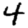
Digit: 4